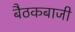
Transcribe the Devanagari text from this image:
बैठकबाजी